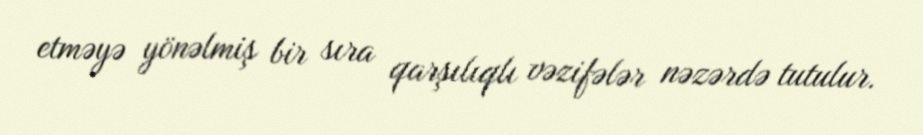
etməyə yönəlmiş bir sıra qarşılıqlı vəzifələr nəzərdə tutulur.